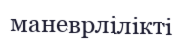
маневрлілікті